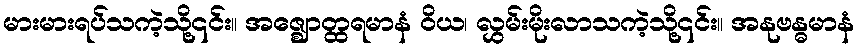
မားမားရပ်သကဲ့သို့၎င်း။ အဇ္ဈောတ္ထရမာနံ ဝိယ၊ လွှမ်းမိုးလာသကဲ့သို့၎င်း။ အနုဗန္ဓမာနံ